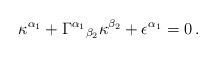
LaTeX: \begin{align*}\kappa^{\alpha_1} + \Gamma^{\alpha_1}{}_{\beta_2}\kappa^{\beta_2}+ \epsilon^{\alpha_1} = 0\, .\end{align*}